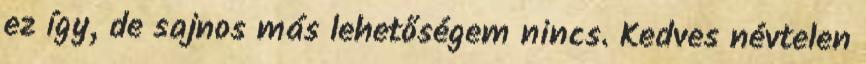
ez így, de sajnos más lehetőségem nincs. Kedves névtelen